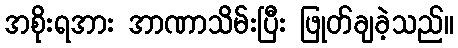
အစိုးရအား အာဏာသိမ်းပြီး ဖြုတ်ချခဲ့သည်။